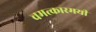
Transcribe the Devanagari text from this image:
चमत्कारमयी